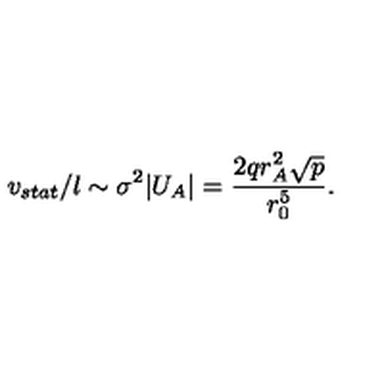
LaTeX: v _ { s t a t } / l \sim \sigma ^ { 2 } | U _ { A } | = { \frac { 2 q r _ { A } ^ { 2 } \sqrt { p } } { r _ { 0 } ^ { 5 } } } .